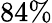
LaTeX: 84\%